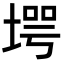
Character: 堮